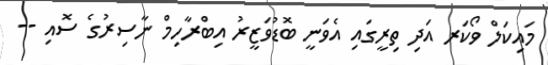
މައިކަލް ވޯކަރ އަދި ތިރީގައި އެވަނީ ބޮޑުވަޒީރު އިބްރާހިމް ނާސިރުގެ ސޮއި --